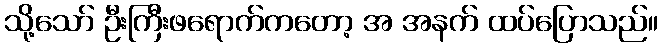
သို့သော် ဦးကြီးဖရောက်ကတော့ အ အနက် ထပ်ပြောသည်။